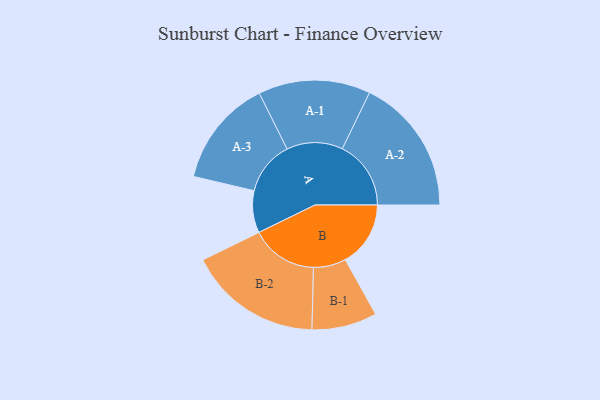
{"axis": {"x": "Segment", "y": "Value"}, "legend": ["", "A", "B"], "data": [{"x": "A", "y": 147, "type": ""}, {"x": "B", "y": 228, "type": ""}, {"x": "A-1", "y": 196, "type": "A"}, {"x": "A-2", "y": 240, "type": "A"}, {"x": "A-3", "y": 188, "type": "A"}, {"x": "B-1", "y": 114, "type": "B"}, {"x": "B-2", "y": 234, "type": "B"}]}